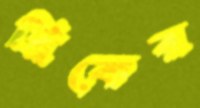
ব্রিকের